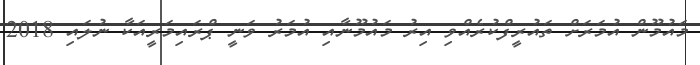
މައުމޫން އުމަރަށް ތައުރީފްކުރެއްވި އިރު މައުމޫނާއި އުމަރު ވަނީ ޕްރައިމަރީއަކާ ނުލައި 2018